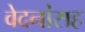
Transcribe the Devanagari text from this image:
वेदनांसह